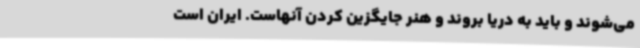
می‌شوند و باید به دریا بروند و هنر جایگزین کردن آنهاست. ایران است